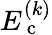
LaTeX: E_{\mathrm{~c~}}^{(k)}